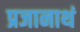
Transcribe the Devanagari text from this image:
प्रजानाथं